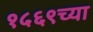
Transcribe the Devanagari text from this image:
१५६९च्या